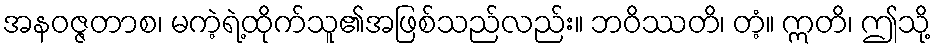
အနဝဇ္ဇတာစ၊ မကဲ့ရဲ့ထိုက်သူ၏အဖြစ်သည်လည်း။ ဘဝိဿတိ၊ တံ့။ ဣတိ၊ ဤသို့